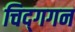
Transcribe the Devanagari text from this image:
चिद्‌गगन